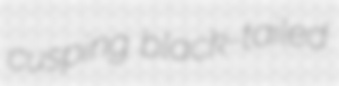
cusping black-tailed